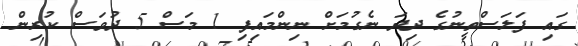
ގައި ފަލަސްތީނުގެ ދިދަ ނެގުމަށް ނިންމައިފި 1 މަސް 5 ދުވަސް ކުރިން